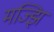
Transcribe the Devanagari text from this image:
मज्झि